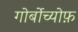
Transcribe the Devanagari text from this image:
गोर्बोच्योफ़